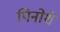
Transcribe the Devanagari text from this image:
पिनोशे